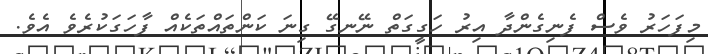
މިފަހަރު ވެސް ފެނިގެންދާ އިރު ހަގީގަތް ނޭނގޭ ގިނަ ކަންތައްތަކެއް ފާހަގަކުރެވެ އެވެ.